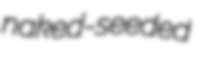
naked-seeded